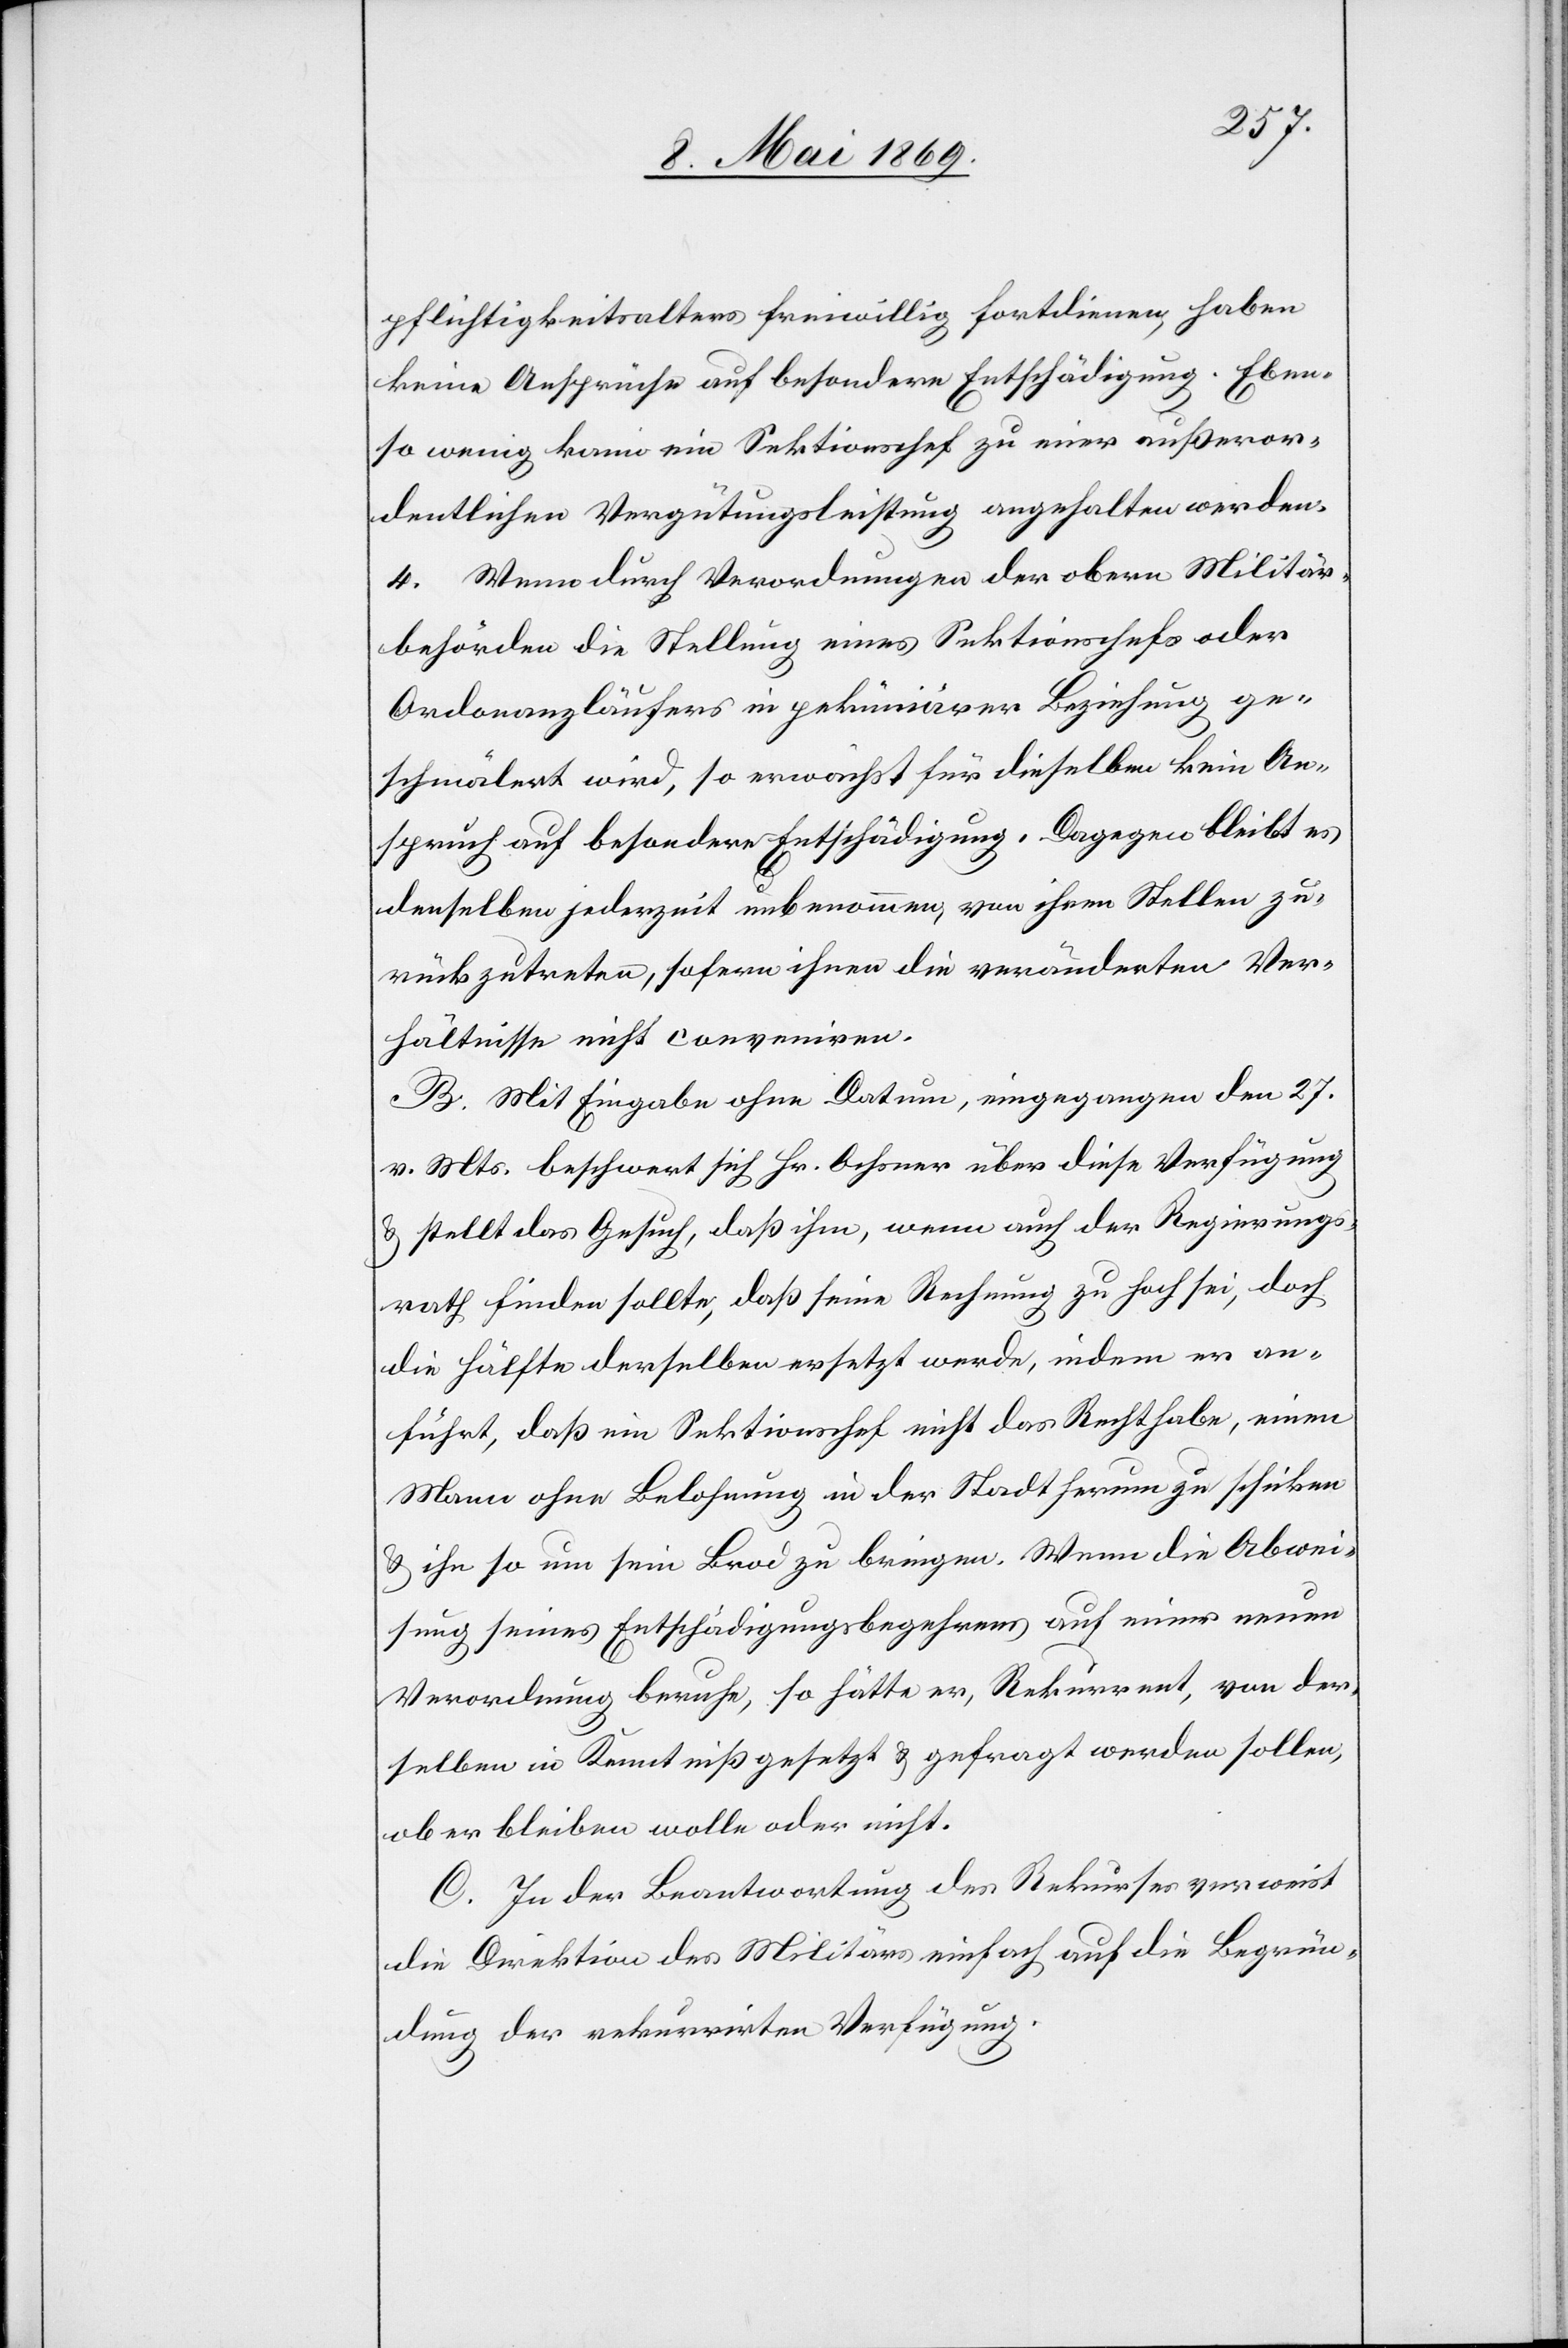
pflichtigkeitsalters freiwillig fortdienen, haben
keine Ansprüche auf besondere Entschädigung. Eben¬
so wenig kann ein Sektionschef zu einer außeror¬
dentlichen Vergütungsleistung angehalten werden.
4. Wenn durch Verordnungen der obern Militär¬
behörden die Stellung eines Sektionschefs oder
Ordonanzläufers in pekuniärer Beziehung ge¬
schmälert wird, so erwächst für dieselbe kein An¬
spruch auf besondere Entschädigung. Dagegen bleibt es
denselben jederzeit unbenommen, von ihren Stellen zu¬
rückzutreten, sofern ihnen die veränderten Ver¬
hältnisse nicht conveniren.
B. Mit Eingabe ohne Datum, eingegangen den 27.
v. Mts. beschwert sich Hr. Ochsner über diese Verfügung
u. stellt das Gesuch, daß ihm, wenn auch der Regierungs¬
rath finden sollte, daß seine Rechnung zu hoch sei, doch
die Hälfte derselben ersetzt werde, indem er an¬
führt, daß ein Sektionschef nicht das Recht habe, einen
Mann ohne Belohnung in der Stadt herum zu schicken
u. ihn so um sein Brod zu bringen. Wenn die Abwei¬
sung seines Entschädigungsbegehrens auf einer neuen
Verordnung beruhe, so hätte er, Rekurrent, von der¬
selben in Kenntniß gesetzt u. gefragt werden sollen,
ob er bleiben wolle oder nicht.
C. In der Beantwortung des Rekurses verweist
die Direktion des Militärs einfach auf die Begrün¬
dung der rekurrirten Verfügung.